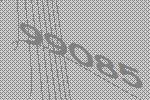
99085